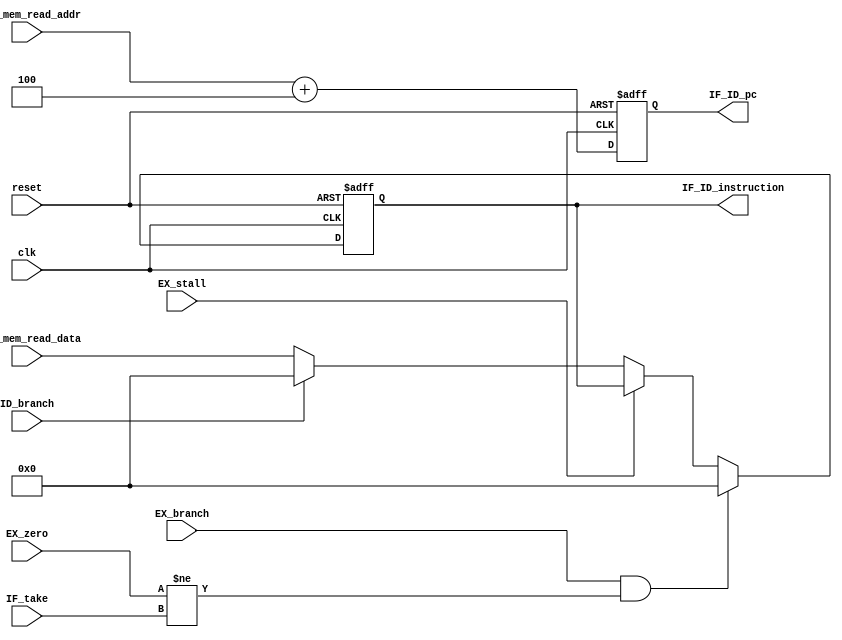
module IF_ID_reg(
                 input             clk,
                 input             reset,
                 input [31:0]      inst_mem_read_data,
                 input [31:0]      inst_mem_read_addr,
                 // input             EX_flush,
                 input             EX_stall,
                 input             IF_take,
                 input             ID_branch,
                 input             EX_branch,
                 input             EX_zero,
                 // input             ID_EX_branch,
                 output reg [31:0] IF_ID_instruction,
                 output reg [31:0] IF_ID_pc
                 // output reg        IF_ID_take
                 );
   always @ (posedge clk or posedge reset)
     if (reset) IF_ID_instruction <= 0;
     else if(EX_branch && (EX_zero != IF_take))
       IF_ID_instruction <= 0;
     else
       if (EX_stall)
         IF_ID_instruction <= IF_ID_instruction;
       else
         if (ID_branch)
           IF_ID_instruction <= 0; // this is a nope for JMP instruction
         else
           IF_ID_instruction <= inst_mem_read_data;

   always @ (posedge clk or posedge reset)
     if (reset) IF_ID_pc <= 0;
     else
       IF_ID_pc <= inst_mem_read_addr + 4;

endmodule // IF_ID_reg